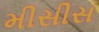
મીસીસ